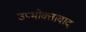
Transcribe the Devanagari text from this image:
उप्भोक्तावाद